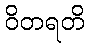
ဝိတရတိ